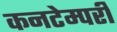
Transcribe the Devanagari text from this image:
कनटेम्परी